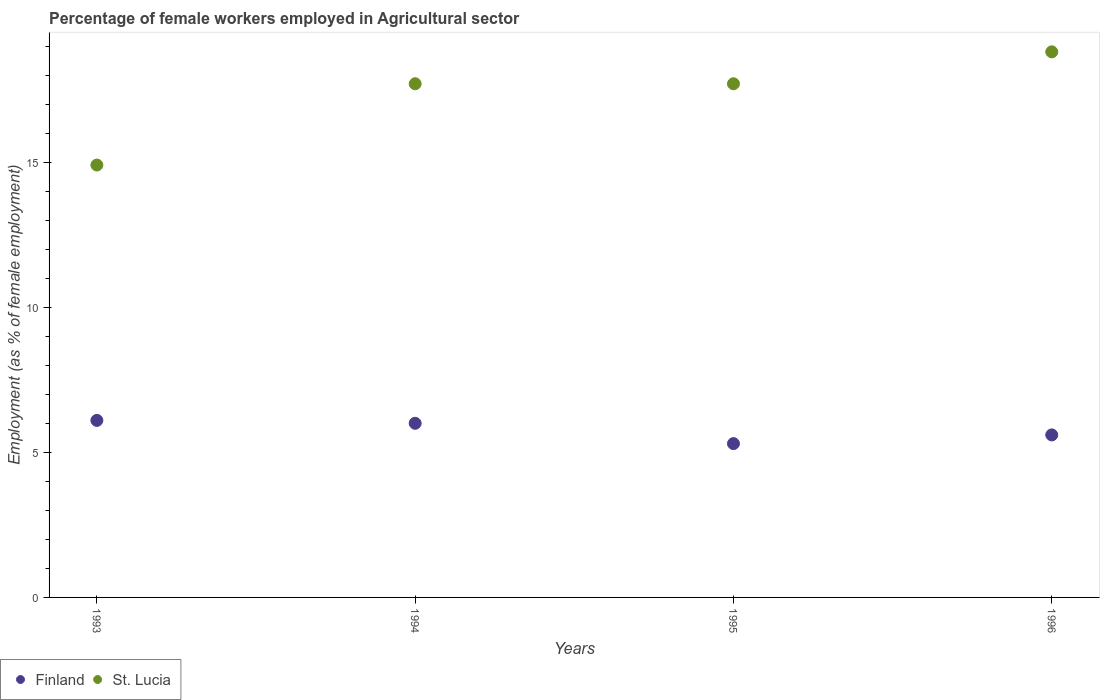
| Years | Finland | St. Lucia |
 | --- | --- | --- |
 | 1993 | 6.1 | 14.9 |
 | 1994 | 6 | 17.7 |
 | 1995 | 5.3 | 17.7 |
 | 1996 | 5.6 | 18.8 |